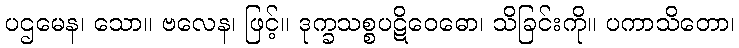
ပဌမေန၊ သော။ ဗလေန၊ ဖြင့်။ ဒုက္ခသစ္စပဋိဝေဓော၊ သိခြင်းကို။ ပကာသိတော၊